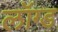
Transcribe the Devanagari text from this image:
लॉग्ड